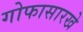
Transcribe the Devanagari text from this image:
गोफासारखे